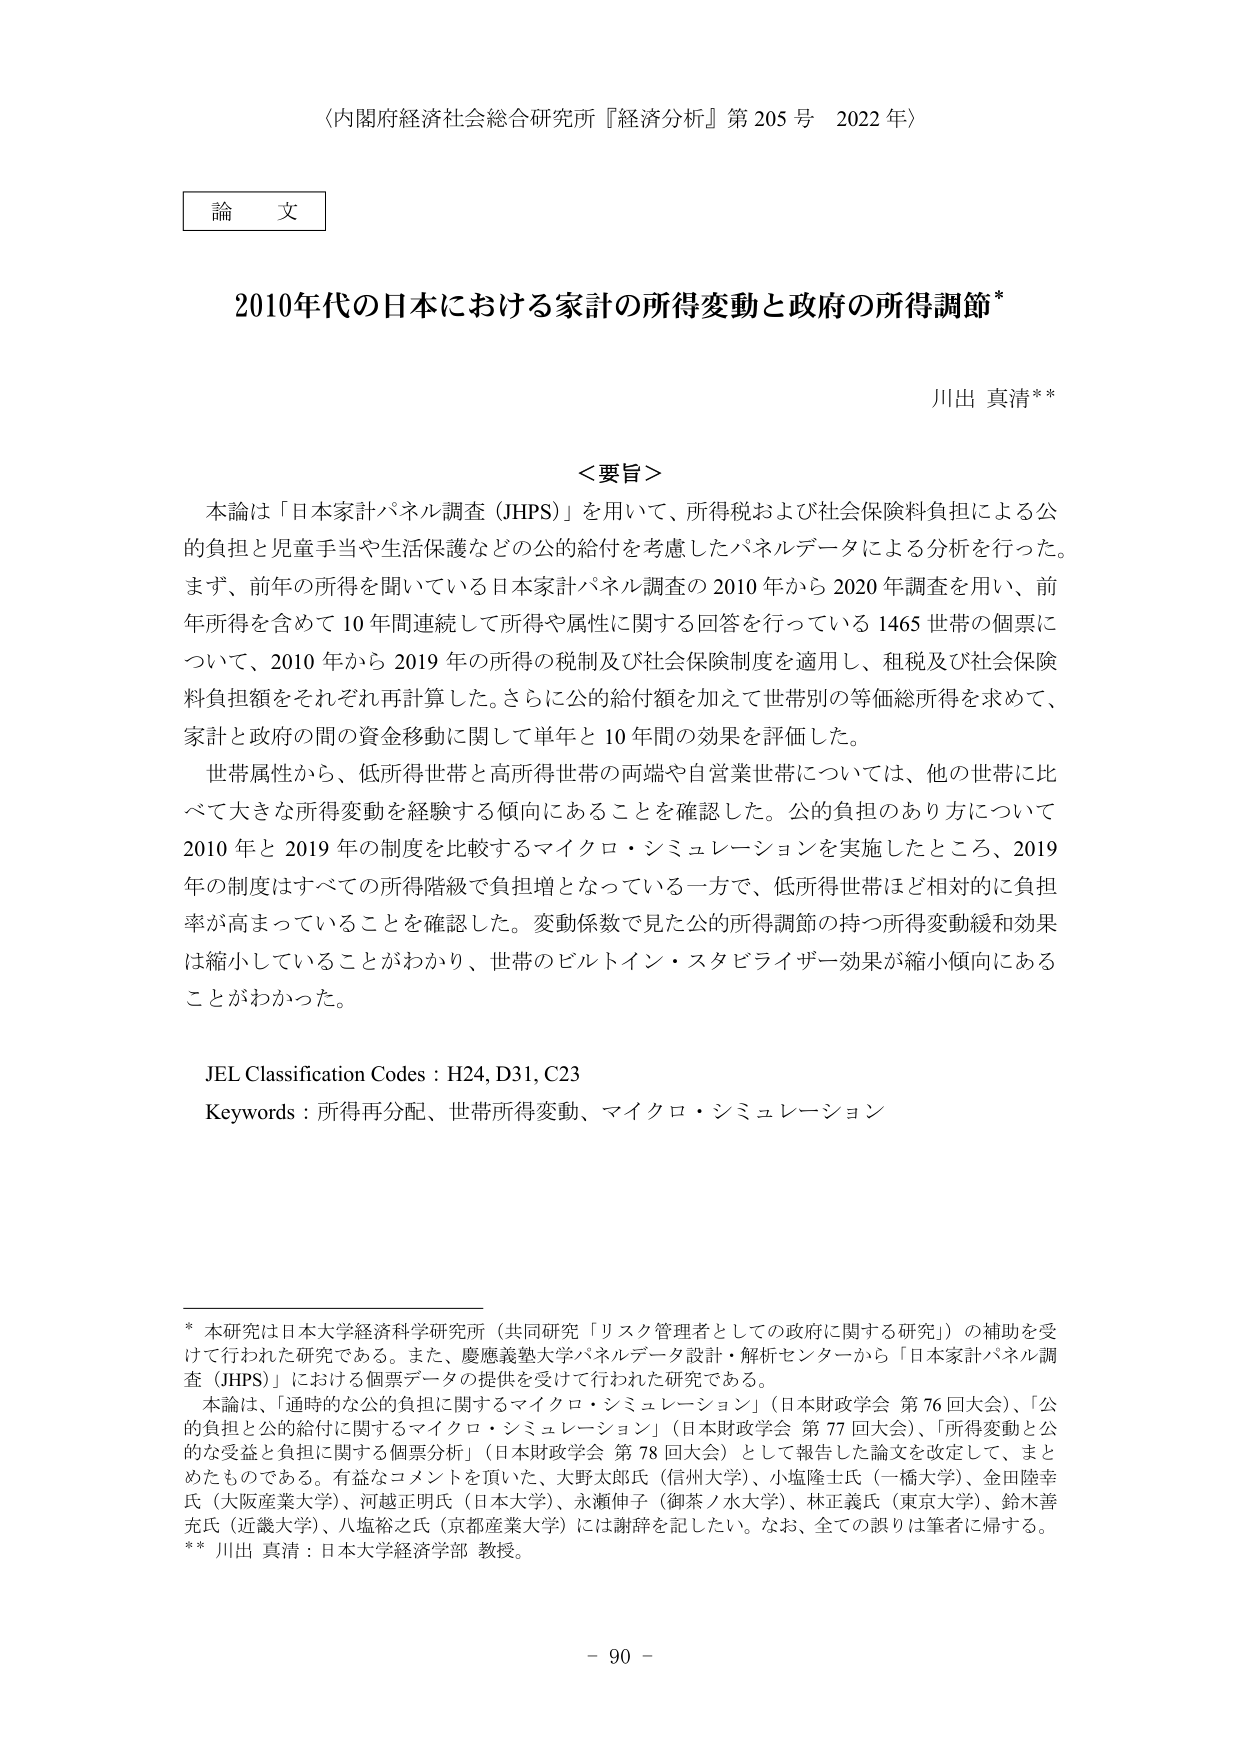
〈内閣府経済社会総合研究所『経済分析』第205号 2022年〉

論文

2010年代の日本における家計の所得変動と政府の所得調節*

川出 真清**

＜要旨＞
本論は「日本家計パネル調査（JHPS）」を用いて、所得税および社会保険料負担による公的負担と児童手当や生活保護などの公的給付を考慮したパネルデータによる分析を行った。まず、前年の所得を聞いている日本家計パネル調査の2010年から2020年調査を用い、前年所得を含めて10年間連続して所得や属性に関する回答を行っている1465世帯の個票について、2010年から2019年の所得の税制及び社会保険制度を適用し、租税及び社会保険料負担額をそれぞれ再計算した。さらに公的給付額を加えて世帯別の等価総所得を求めて、家計と政府の間の資金移動に関して単年と10年間の効果を評価した。
世帯属性から、低所得世帯と高所得世帯の両端や自営業世帯については、他の世帯に比べて大きな所得変動を経験する傾向にあることを確認した。公的負担のあり方について2010年と2019年の制度を比較するマイクロ・シミュレーションを実施したところ、2019年の制度はすべての所得階級で負担増となっている一方で、低所得世帯ほど相対的に負担率が高まっていることを確認した。変動係数で見た公的所得調節の持つ所得変動緩和効果は縮小していることがわかり、世帯のビルトイン・スタビライザー効果が縮小傾向にあることがわかった。

JEL Classification Codes : H24, D31, C23
Keywords : 所得再分配、世帯所得変動、マイクロ・シミュレーション

* 本研究は日本大学経済科学研究所（共同研究「リスク管理者としての政府に関する研究」）の補助を受けて行われた研究である。また、慶應義塾大学パネルデータ設計・解析センターから「日本家計パネル調査（JHPS）」における個票データの提供を受けて行われた研究である。
本論は、「適時的な公的負担に関するマイクロ・シミュレーション」（日本財政学会 第76回大会）、「公的負担と公的給付に関するマイクロ・シミュレーション」（日本財政学会 第77回大会）、「所得変動と公的な受益と負担に関する個票分析」（日本財政学会 第78回大会）として報告した論文を改定して、まとめたものである。有益なコメントを頂いた、大野太郎氏（信州大学）、小塩隆士氏（一橋大学）、金田陸幸氏（大阪産業大学）、河越正明氏（日本大学）、永瀬伸子（御茶ノ水大学）、林正義氏（東京大学）、鈴木善充氏（近畿大学）、八塩裕之氏（京都産業大学）には謝辞を記したい。なお、全ての誤りは筆者に帰する。
** 川出 真清：日本大学経済学部 教授。

- 90 -